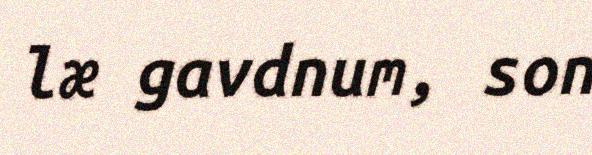
læ gavdnum, son